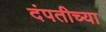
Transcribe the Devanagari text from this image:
दंपतीच्या